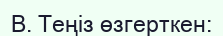
В. Теңіз өзгерткен: